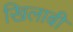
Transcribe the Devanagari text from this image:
खिलाबी